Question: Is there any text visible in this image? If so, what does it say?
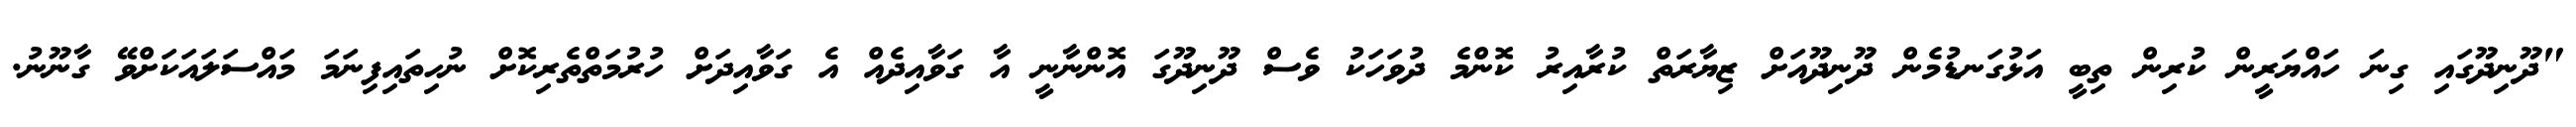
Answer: "ދޫނިދޫގައި ގިނަ ހައްޔަރީން ކުރިން ތިބީ އަޅުގަނޑުމެން ދޫނިދޫއަށް ޒިޔާރަތް ކުރާއިރު ކޮންމެ ދުވަހަކު ވެސް ދޫނިދޫގަ އޮންނާނީ އާ ގަވާއިދެއް އެ ގަވާއިދަށް ހުރުމަތްތެރިކޮށް ނުހިތައިފިނަމަ މައްސަލައަކަށްވޭ ގާނޫނު.